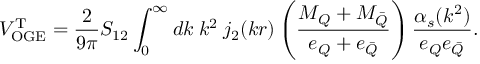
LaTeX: V _ { \mathrm { O G E } } ^ { \mathrm { T } } = \frac { 2 } { 9 \pi } S _ { 1 2 } \int _ { 0 } ^ { \infty } d k \: k ^ { 2 } \: j _ { 2 } ( k r ) \left( \frac { M _ { Q } + M _ { \bar { Q } } } { e _ { Q } + e _ { \bar { Q } } } \right) \frac { \alpha _ { s } ( k ^ { 2 } ) } { e _ { Q } e _ { \bar { Q } } } .